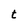
Character: t